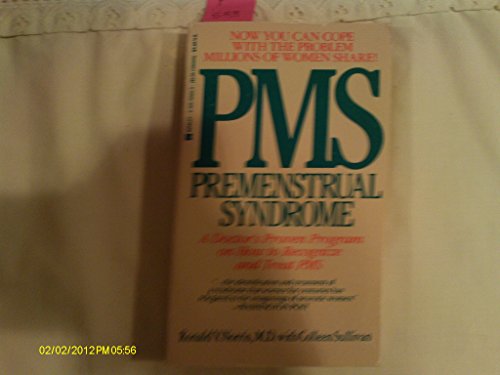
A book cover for PMS: Pre-Menstrual Syndrome; Ronald Norris; Health, Fitness & Dieting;